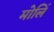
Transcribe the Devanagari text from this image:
मोलिं